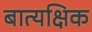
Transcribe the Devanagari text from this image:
बात्यक्षिक